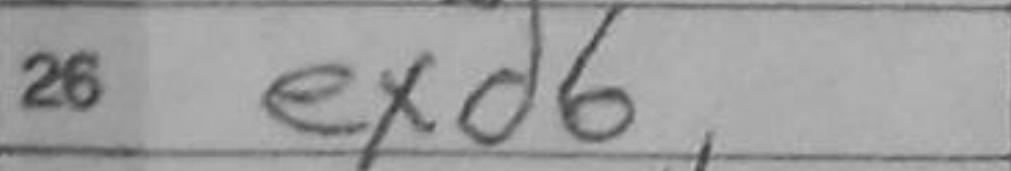
Transcription: exd6